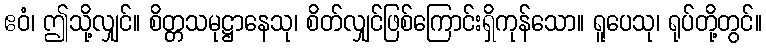
ဧဝံ၊ ဤသို့လျှင်။ စိတ္တသမုဋ္ဌာနေသု၊ စိတ်လျှင်ဖြစ်ကြောင်းရှိကုန်သော။ ရူပေသု၊ ရုပ်တို့တွင်။